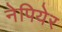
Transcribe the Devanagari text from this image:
नेपियेर